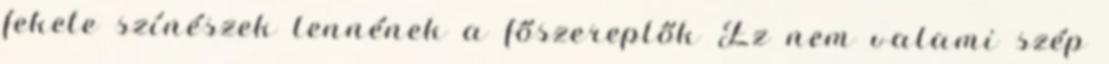
fekete színészek lennének a főszereplők Ez nem valami szép